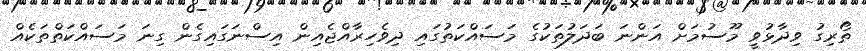
ތޯރިގު ވިދާޅުވީ މޫސުމަށް އަންނަ ބަދަލުތަކުގެ މަސައްކަތުގައި ދިވެހިރާއްޖެއިން އިސްނަގައިގެން ގިނަ މަސައްކަތްތަކެއް